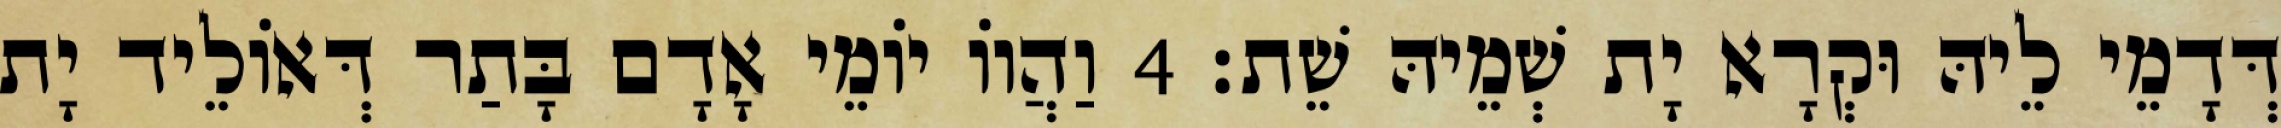
דְּדָמֵי לֵיהּ וּקְרָא יָת שְׁמֵיהּ שֵׁת׃ 4 וַהֲווֹ יוֹמֵי אָדָם בָּתַר דְּאוֹלֵיד יָת